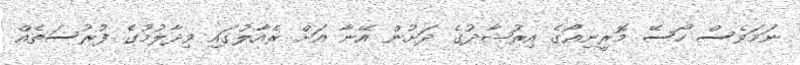
ނަމަވެސް ހޯސޭ މޮރީނިއޯގެ އިރުޝާދުގެ ދަށުން އޭނާ އަށް ރެއާލުގައި ވިދާލުމުގެ ފުރުސަތެއް